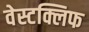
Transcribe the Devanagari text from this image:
वेस्टक्लिफ